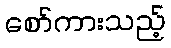
စော်ကားသည့်